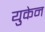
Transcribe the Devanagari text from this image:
युकेन